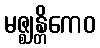
မဇ္ဈန္တိကေဝ